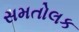
સમતોલક